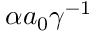
\alpha a _ { 0 } \gamma ^ { - 1 }